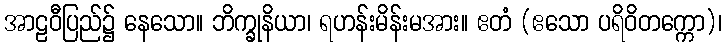
အာဠဝီပြည်၌ နေသော။ ဘိက္ခုနိယာ၊ ရဟန်းမိန်းမအား။ ဧတံ (ဧသော ပရိဝိတက္ကော)၊